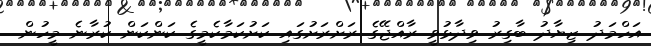
އަހްމަދު ޒިޔާދު ބާގިރު ވިދާޅުވީ ރާއްޖޭގެ ރަށްރަށުގައި ކަށުކަމާކެމީގެ ކަންކަން ކުރާނެ މީހުން